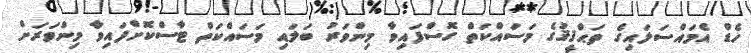
ހެޑް އެމައްސަލައިގެ ތަޙްޤީޤުގެ މަސައްކަތް ގޮސްފައިވާ މިންވަރު ބަލައި މަސައްކަތް ޓާސްކޮށްފައިވާ މިންވަރަށް